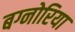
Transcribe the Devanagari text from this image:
बग्नोरिया